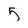
Character: 5